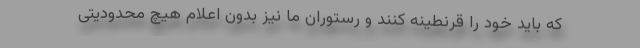
که باید خود را قرنطینه کنند و رستوران ما نیز بدون اعلام هیچ محدودیتی